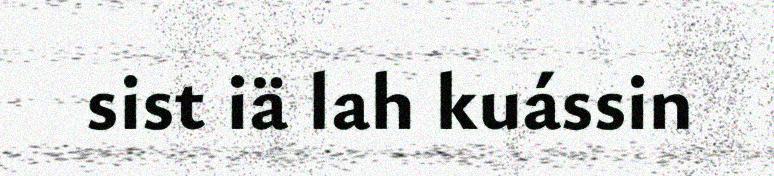
sist iä lah kuássin